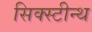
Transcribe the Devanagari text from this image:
सिक्स्टीन्थ